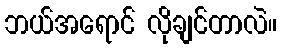
ဘယ်အရောင် လိုချင်တာလဲ။